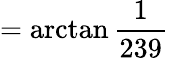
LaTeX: =\arctan{\frac{1}{239}}